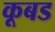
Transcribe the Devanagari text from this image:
कूबड